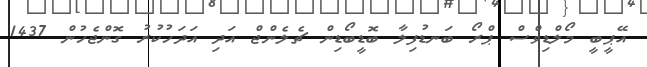
އޭޕީބީ މޯލްޑިވްސް ޕްރޯ ބަނޑުފިލާ ބޮޑީބޯޑިން ޗެލެންޖް އަދި އަދަހުކުރު ގޮންޖެހުން 1437